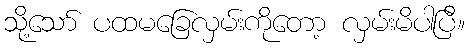
သို့သော် ပထမခြေလှမ်းကိုတော့ လှမ်းမိပါပြီ။